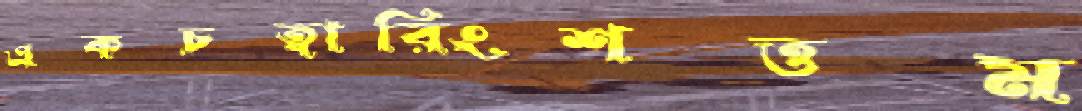
একচত্বারিংশত্তম